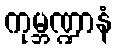
ကုမ္ဘဏ္ဍာနံ